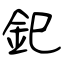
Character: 釲